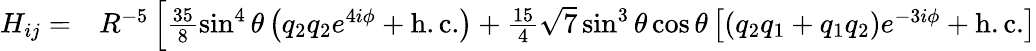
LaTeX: \begin{array}{rl}{H_{ij}=}&{{}R^{-5}\left[\frac{35}{8}\sin^{4}\theta\left(q_{2}q_{2}e^{4i\phi}+\mathrm{{h.c.}}\right)+\frac{15}{4}\sqrt{7}\sin^{3}\theta\cos\theta\left[\left(q_{2}q_{1}+q_{1}q_{2}\right)e^{-3i\phi}+\mathrm{{h.c.}}\right]\right.}\end{array}